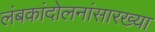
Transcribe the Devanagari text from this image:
लंबकांदोलनांसारख्या